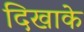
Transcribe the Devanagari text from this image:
दिखाके